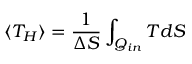
\langle T _ { H } \rangle = { \frac { 1 } { \Delta S } } \int _ { Q _ { i n } } T d S